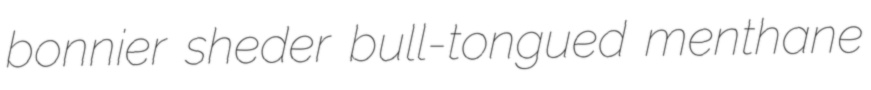
bonnier sheder bull-tongued menthane